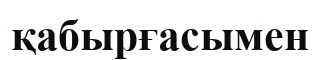
қабырғасымен